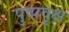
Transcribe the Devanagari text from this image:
पुष्पवृक्ष